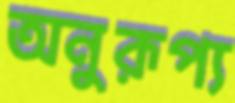
অনুরূপ্য